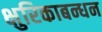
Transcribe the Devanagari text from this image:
क्षुरिकाबन्धन